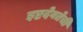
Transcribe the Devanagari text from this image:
इष्टदेवतेची